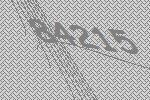
84215